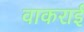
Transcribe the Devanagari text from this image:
वाकराई